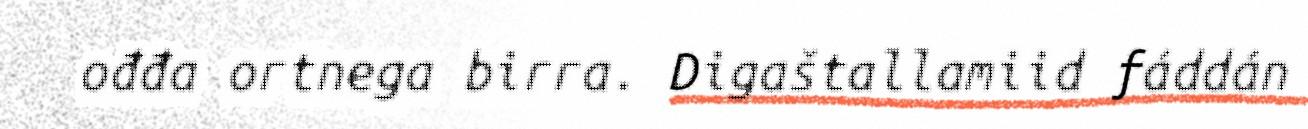
ođđa ortnega birra. Digaštallamiid fáddán